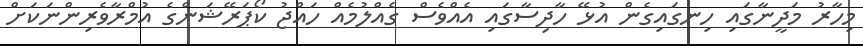
މިހާރު މަދީނާގައި ހިނގައިގެން އުޅޭ ހާދިސާގައި އެއްވެސް ގެއްލުމެއް ހައްޖު ކޯޕަރޭޝަންގެ އުމްރާވެރިންނަކަށް